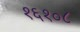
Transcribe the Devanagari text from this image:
१६१०८